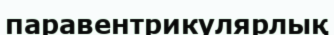
паравентрикулярлық